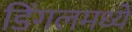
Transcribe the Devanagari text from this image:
डिंगलमध्ये